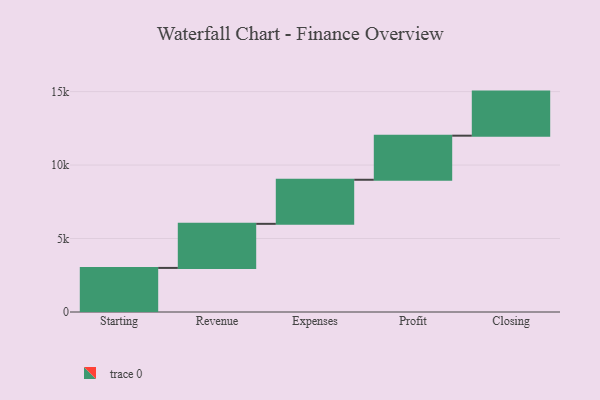
{"axis": {"x": "Step", "y": "Value"}, "legend": [""], "data": [{"x": "Starting", "y": 3000, "type": ""}, {"x": "Revenue", "y": 3000, "type": ""}, {"x": "Expenses", "y": 3000, "type": ""}, {"x": "Profit", "y": 3000, "type": ""}, {"x": "Closing", "y": 3000, "type": ""}]}